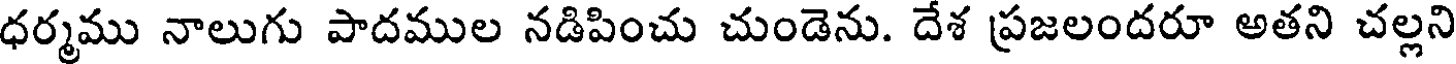
ధర్మము నాలుగు పాదముల నడిపించు చుండెను. దేశ ప్రజలందరూ అతని చల్లని